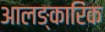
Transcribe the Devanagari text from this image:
आलङ्कारिंक